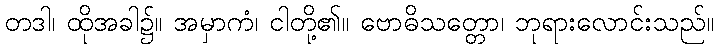
တဒါ၊ ထိုအခါ၌။ အမှာကံ၊ ငါတို့၏။ ဗောဓိသတ္တော၊ ဘုရားလောင်းသည်။